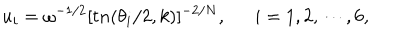
u _ { i } = \omega ^ { - 1 / 2 } [ t n ( \theta _ { i } / 2 , k ) ] ^ { - 2 / N } , i = 1 , 2 , \cdots , 6 ,